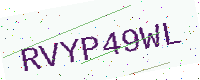
Text: RVYP49WL